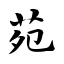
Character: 苑